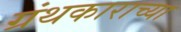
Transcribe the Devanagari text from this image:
ग्रंथकाराच्या